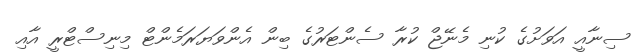
ސިނާއީ އަވަށުގެ ކުނި މެނޭޖް ކުރާ ސެންޓަރުގެ ބިން އެންވަޔަރަމެންޓް މިނިސްޓްރީ އާއި